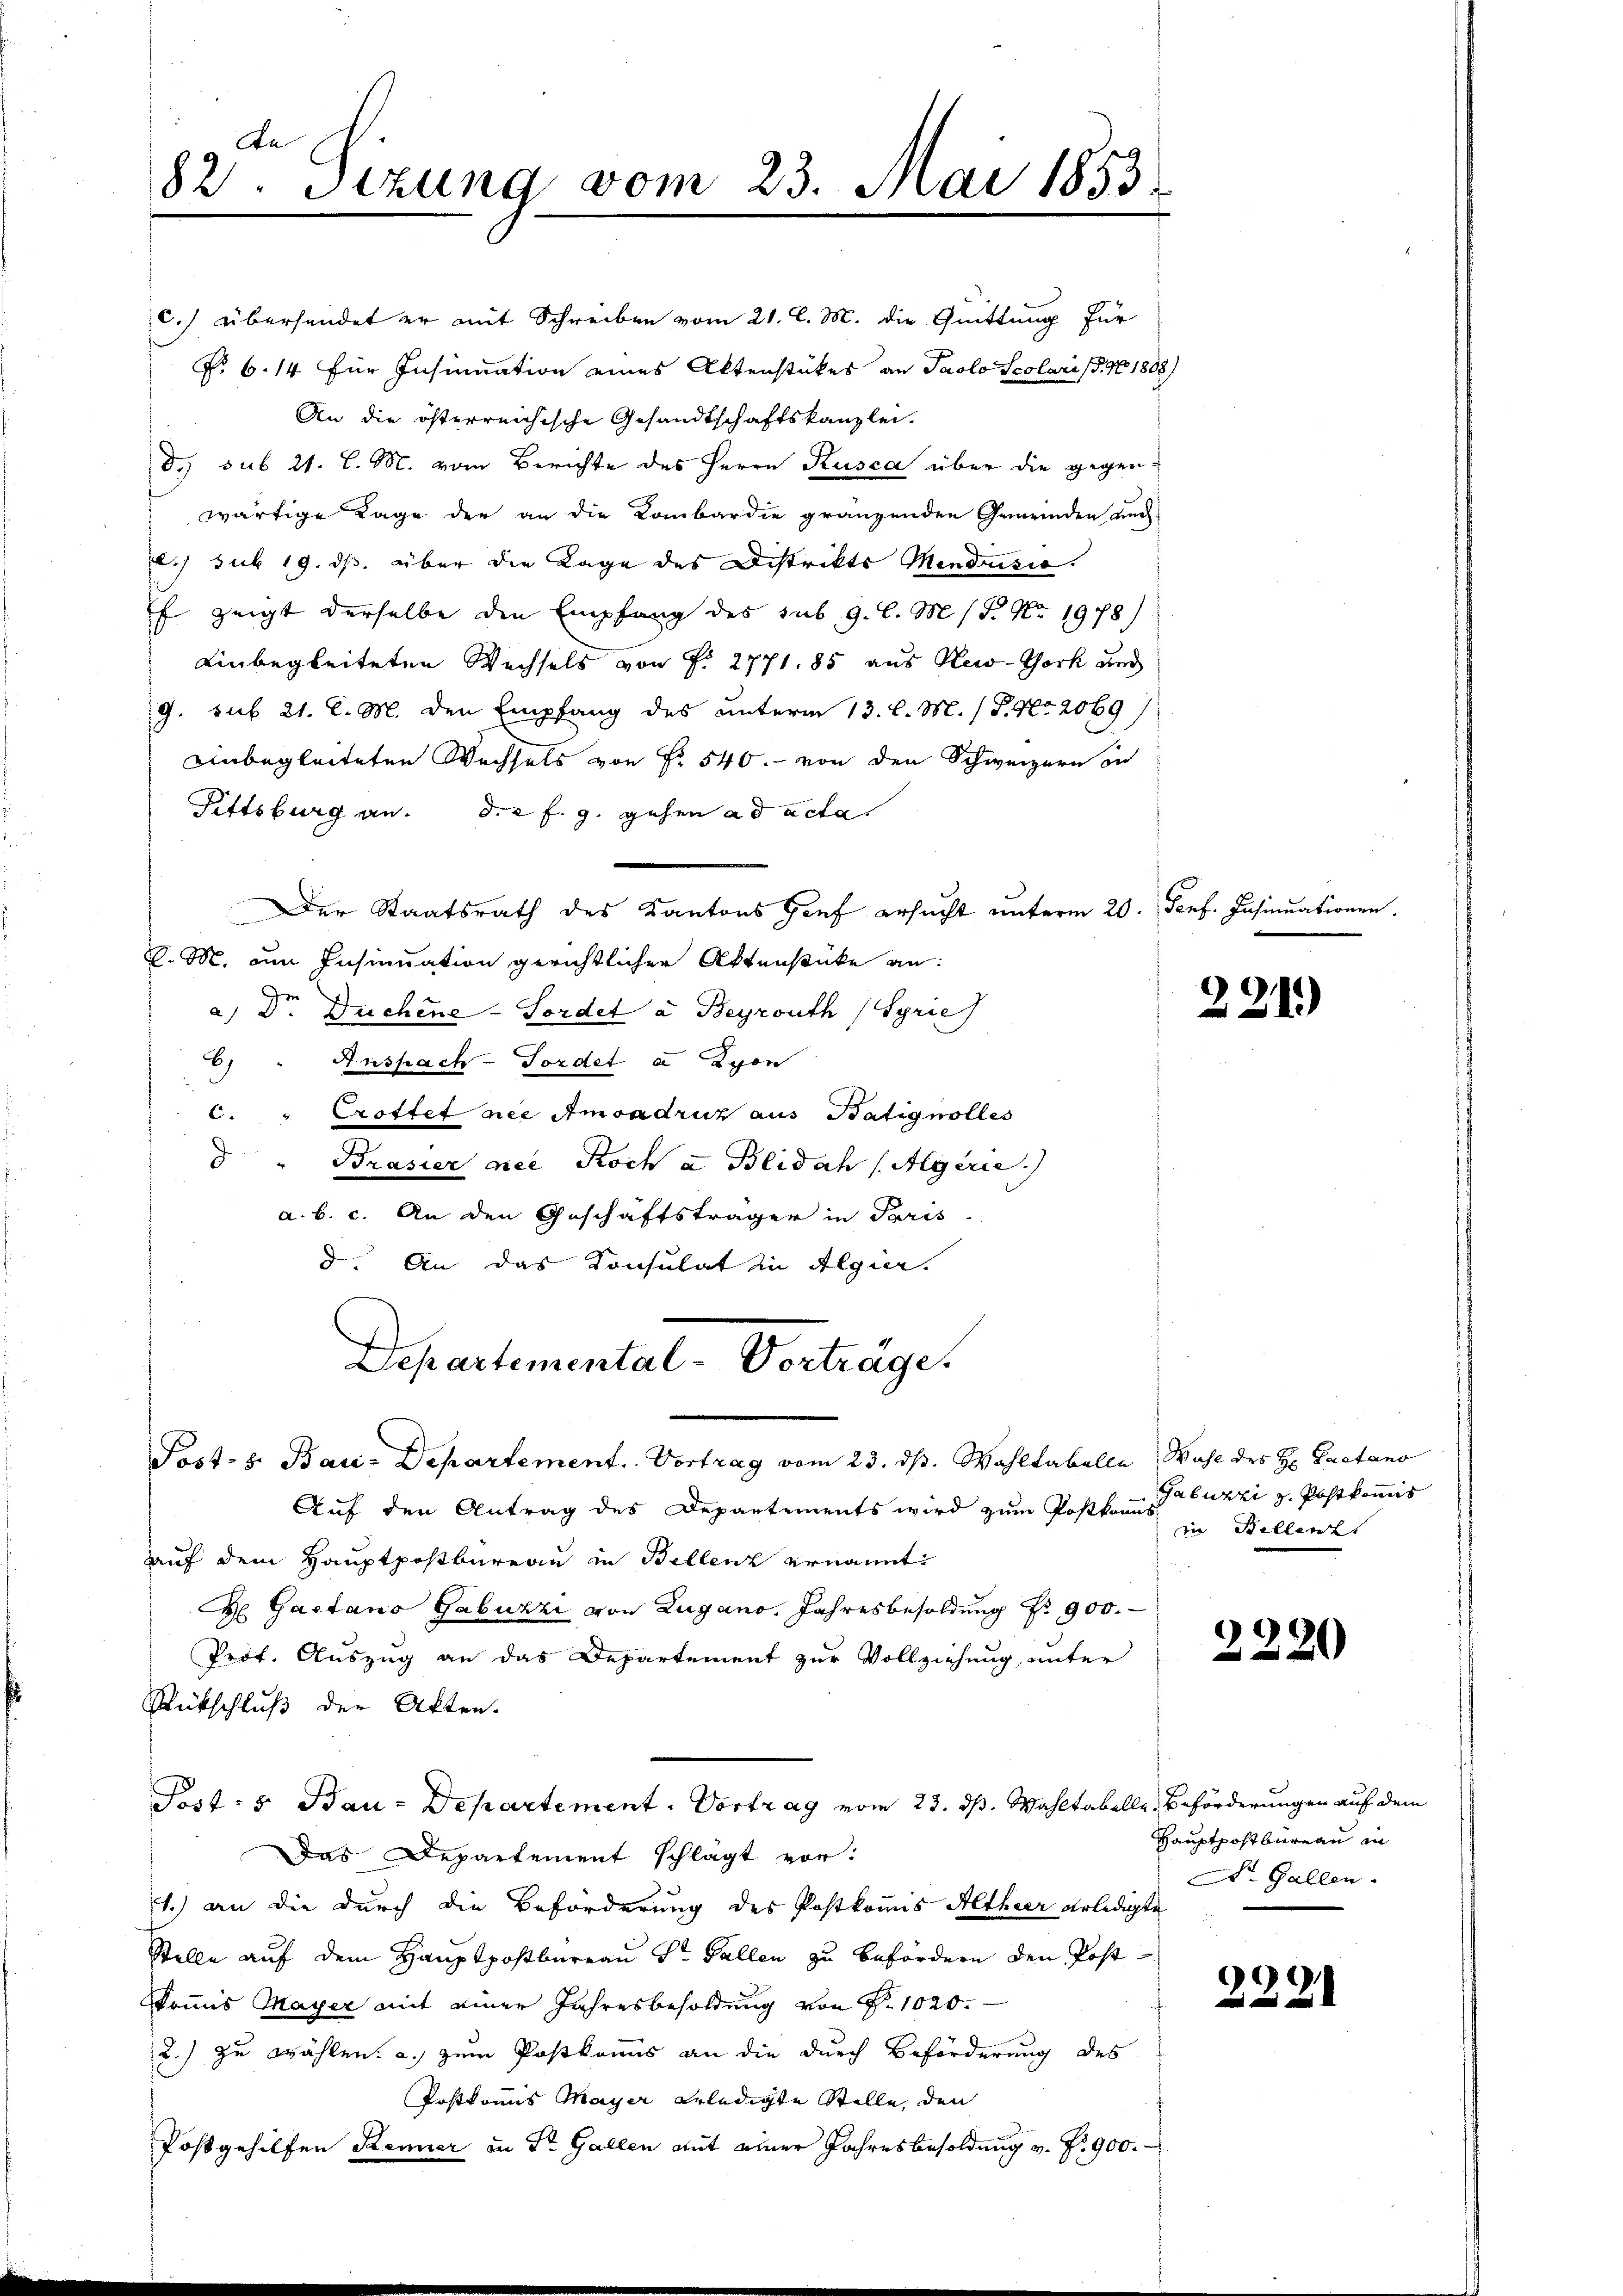
82ten Sizung vom 23. Mai 1853.

c.) übersendet er mit Schreiben vom 21. l. M. die Quittung für
P. 6. 14 für Insinuation eines Aktenstückes an Paolo Scolari s. No 1888)
An die österreichische Gesandtschaftskanzlei.
d. sub 21. l. M. vom Berichte des Herrn Kusca über die gegenwärtige Lage der an die Kombardie gränzenden Gemeinden und
c. sub 19. ds. über die Lage des Distrikts Mendrisie
f zeigt derselbe den Empfang des sub. 9. l. M. P. Nr. 1978)
einbegleiteten Wechsels von P. 2771. 85 aus Kei-York und
9. sub 21. C. M. den Empfang des unterm 13. l. M. / P. Nr. 2069/
unbegleiteten Wechsels von Fr. 540. von den Schweizern in
Fittsburg an. d. 2 f. g. gehen ad acta
Der Staatsrath des Kantons Genf ersucht unterm 20. Sept. Insinuationen
D. M. um Insinuation gerichtlicher Aktenstücke an:
Ze
a. D. Duchene Fordet a. Beyzouth (Syrie
b)
Anspach-Tordet. a Lyon
" Crottet nie Amsadruz aus Batignolles
c.
d
Brasier niee Koch a Blidah (Aegerie
a. b. c. An den Geschäftsträger in Paris
d. An das Konsulat in Algier.
Departemental-Verträge.
Post- u. Bau-Departement. Vortrag vom 23. ds. Wahltabelle Wahl des H. Pactano
Auf den Antrag des Departements wird zum Postkanns
auf dem Hauptpostbureau in Bellenz ernannt
 Gaetano Gabuzzi von Zugano. Jahresbesoldung Nr. 900.
Prof. Auszug an das Departement zur Vollziehung, unter
Rückschluß der Akten.
Post: 5. Bau-Departement. Vortrag vom 23. ds. Wahltabelle Beförderungen auf dem
Das Departement schlägt vor:
1.) an die durch die Beförderung des Postkomis Altheer erledigte
Stelle auf dem Hauptpostbureau St. Gallen zu befördern den Postkommis Mayer mit einer Jahresbesoldung von P. 1020.
2.) zu wählen. a. zum Postkommis an die durch Beförderung des
Postkomis Mayer erledigte Stelle, den
Postgehilfen Renier in Dr. Gallen mit einer Jahresbesoldung v. P. 900.

221.

Gabuzzi z. Postkommis
in Bellents

2220

Hauptpostbüreau in
Dr. Gallen.

2221